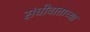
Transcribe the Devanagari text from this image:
संधीवाताच्या